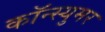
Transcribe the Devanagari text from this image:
कॉन्स्युमर